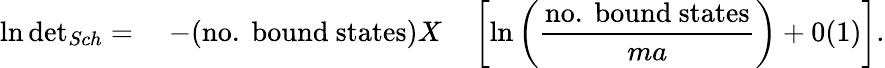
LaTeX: \ln\mathrm{det}_{{Sch}}=\quad-(\mathrm{no.~bound~states})X\quad\left[\ln\left(\displaystyle\frac{\mathrm{no.~bound~states}}{ma}\right)+0(1)\right].